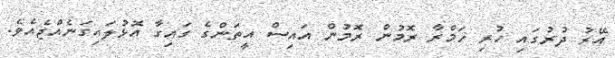
އޭރު ދުރުގައި ހުރި ހަމްރާ ރޮމުން ރޮމުން އައިސް އީތަންގެ ގައިގާ އޮޅުލައިގަނެއްޖެއެވެ.